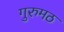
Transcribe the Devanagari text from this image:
गुरुमठ